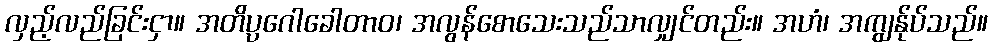
လှည့်လည်ခြင်းငှာ။ အတိပ္ပဂေါခေါတာဝ၊ အလွန်စောသေးသည်သာလျှင်တည်း။ အဟံ၊ အကျွန်ုပ်သည်။